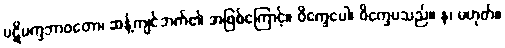
ပဋိပက္ခဘာဝတော၊ ဆန့်ကျင်ဘက်၏ အဖြစ်ကြောင့်။ ဝိက္ခေပေါ၊ ဝိက္ခေပသည်။ န၊ မဟုတ်။